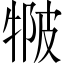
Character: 𤚆